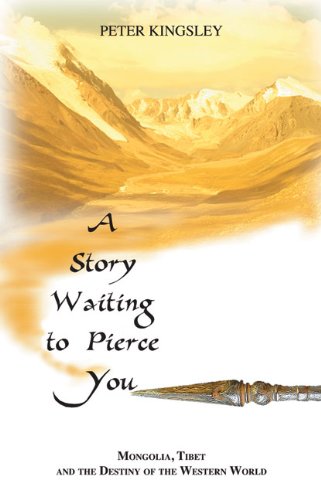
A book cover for A Story Waiting to Pierce You: Mongolia, Tibet and the Destiny of the Western World; Peter Kingsley; Religion & Spirituality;